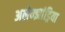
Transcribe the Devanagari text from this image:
अलेक्‍झांड्रिया